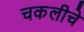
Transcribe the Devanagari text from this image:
चकलीचे